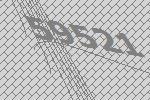
59521